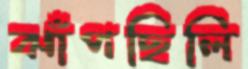
ঝাঁপছিলি